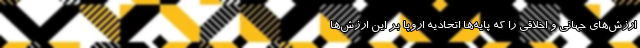
ارزش‌های جهانی و اخلاقی را که پایه‌ها اتحادیه اروپا بر این ارزش‌ها